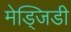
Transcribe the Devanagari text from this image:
मेड्जिडी